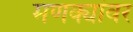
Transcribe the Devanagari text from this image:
मणक्यांवर